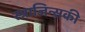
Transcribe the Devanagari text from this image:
स्त्राजिन्सकी